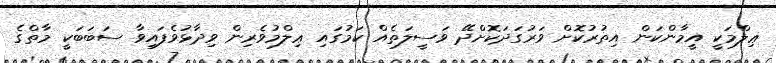
ޢިލްމަކީ އީމާންކަން އިތުރުކޮށް ވަރުގަދަކޮށްދޭ ވަސީލަތެއް ކަމުގައި ޢިލްމުވެރިން ވިދާޅުވެފައިވާ ސަބަބަކީ މާތްގެ